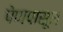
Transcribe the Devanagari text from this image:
पेणपासून